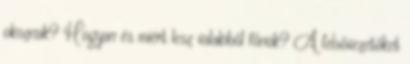
okoznak? Hogyan és miért lesz valakiből főnök? A felsővezetőket